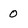
Character: 0